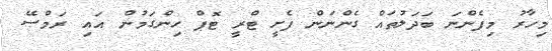
މިހާރު މިފެންނަ ބަދަލުތައް ގެންނަން ފެށީ ޓްރީ ޓޮޕް ހިންގަމުން އައި ރަމްސޭ